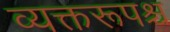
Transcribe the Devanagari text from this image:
व्यक्तरूपश्च